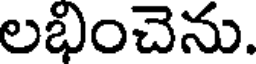
లభించెను.